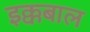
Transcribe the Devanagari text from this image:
इक्कबाल